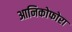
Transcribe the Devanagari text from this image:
आनिकोफोरा